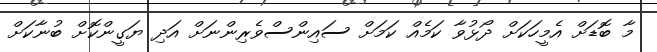
މާ ބޮޑަށް އެމީހަކަށް ދޯޅުވާ ކަމެއް ކަމަށް ސައިންސްވެރިންނަށް އަދި ޔަގީންކޮށް ބުނާކަށް